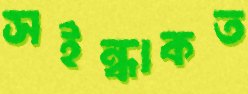
সইন্ধাকত